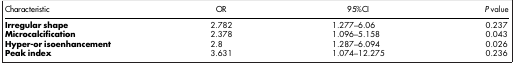
<table><thead><tr><td><b>Characteristic</b></td><td><b>OR</b></td><td><b>95%CI</b></td><td><b><i>P</i> value</b></td></tr></thead><tbody><tr><td><b>Irregular shape</b></td><td>2.782</td><td>1.277–6.06</td><td>0.237</td></tr><tr><td><b>Microcalcification</b></td><td>2.378</td><td>1.096–5.158</td><td>0.043</td></tr><tr><td><b>Hyper-or isoenhancement</b></td><td>2.8</td><td>1.287–6.094</td><td>0.026</td></tr><tr><td><b>Peak index</b></td><td>3.631</td><td>1.074–12.275</td><td>0.236</td></tr></tbody></table>